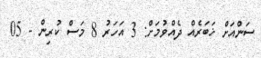
ސަންއަށް ޚަބަރެއް ދެއްވުމަށް: 3 އަހަރު 8 މަސް ކުރިން - 05